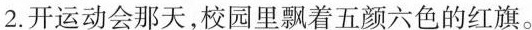
2.开运动会那天，校园里飘着五颜六色的红旗。